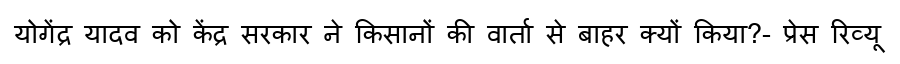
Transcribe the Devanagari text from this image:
योगेंद्र यादव को केंद्र सरकार ने किसानों की वार्ता से बाहर क्यों किया?- प्रेस रिव्यू